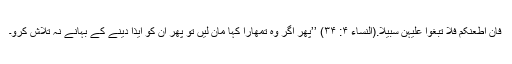
فَاِنْ اَطَعْنَکُمْ فَلاَ تَبْغُوْا عَلَیْْہِنَّ سَبِیْلاً.(النساء ۴: ۳۴) ’’پھر اگر وہ تمھارا کہا مان لیں تو پھر ان کو ایذا دینے کے بہانے نہ تلاش کرو۔